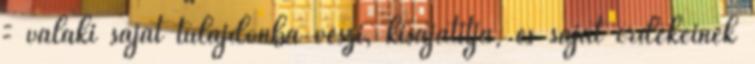
= valaki saját tulajdonba veszi, kisajátítja, és saját érdekeinek